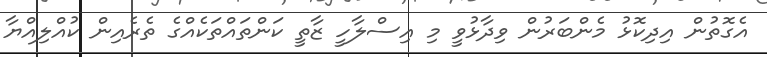
އެގޮތުން އިދިކޮޅު މެންބަރުން ވިދާޅުވީ މި އިސްލާހީ ޒާތީ ކަންތައްތަކެއްގެ ތެރެއިން ކުއްލިއްޔާ